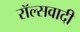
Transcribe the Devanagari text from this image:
रॉल्सवादी